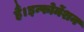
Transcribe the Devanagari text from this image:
हैं।इन्फोर्मेशन